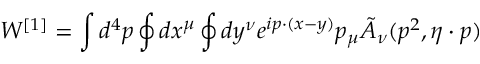
W ^ { [ 1 ] } = \int d ^ { 4 } p \oint d x ^ { \mu } \oint d y ^ { \nu } e ^ { i p \cdot ( x - y ) } p _ { \mu } \tilde { A } _ { \nu } ( p ^ { 2 } , \eta \cdot p )